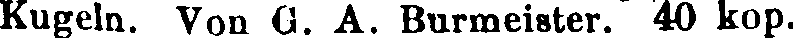
Kugeln. Von G. A. Burmeister. 40 kop.